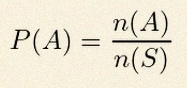
P(A)=\frac{n(A)}{n(S)}